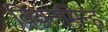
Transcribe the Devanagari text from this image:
वियतमिन्ह